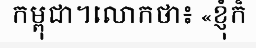
កម្ពុជា។លោកថា៖ «ខ្ញុំក៏